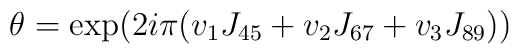
\theta= \exp (2i\pi (v_1J_{45}+v_2J_{67}+v_3J_{89}))